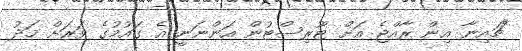
"ޗައިނާ އިން ރާއްޖެ އަށް ޓޫރިސްޓުން އަންނަނީ އެ ގައުމުގެ ވަރަށް މަދު